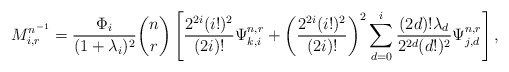
\begin{align*}\begin{aligned}M_{i,r}^{n^{-1}}=\frac{\Phi_{i}}{(1+\lambda_{i})^{2}}\binom{n}{r}\left[\frac{2^{2i}(i!)^{2}}{(2i)!}\Psi_{k,i}^{n,r}+\left(\frac{2^{2i}(i!)^{2}}{(2i)!}\right)^{2}\sum_{d=0}^{i}\frac{(2d)!\lambda_{d}}{2^{2d}(d!)^{2}}\Psi_{j,d}^{n,r}\right],\end{aligned}\end{align*}